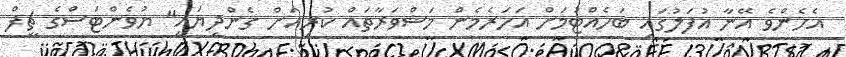
އެހެންވެ އޭނާ އުފަލުގައި ބަހެއްޓުމަށް އަހަރެމެން މަޝްވަރާތައް ކުރިއަށް ގެންދިޔައީ" ޔުވެންޓަސްގެ ޗީފް